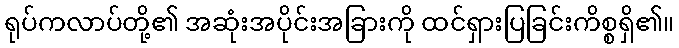
ရုပ်ကလာပ်တို့၏ အဆုံးအပိုင်းအခြားကို ထင်ရှားပြခြင်းကိစ္စရှိ၏။